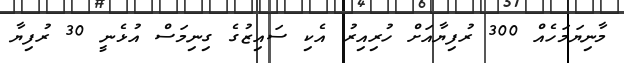
މާނިޔަމަހެއް 300 ރުފިޔާއަށް ހުރިއިރު އެކި ސައިޒުގެ ގިނިމަސް އުޅެނީ 30 ރުފިޔާ